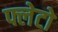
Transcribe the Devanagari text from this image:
फ्लेटो